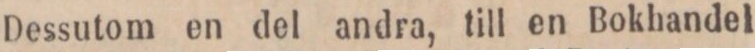
Dessutom en del andra, till en Bokhandel